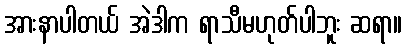
အားနာပါတယ် အဲဒါက ရာသီမဟုတ်ပါဘူး ဆရာ။